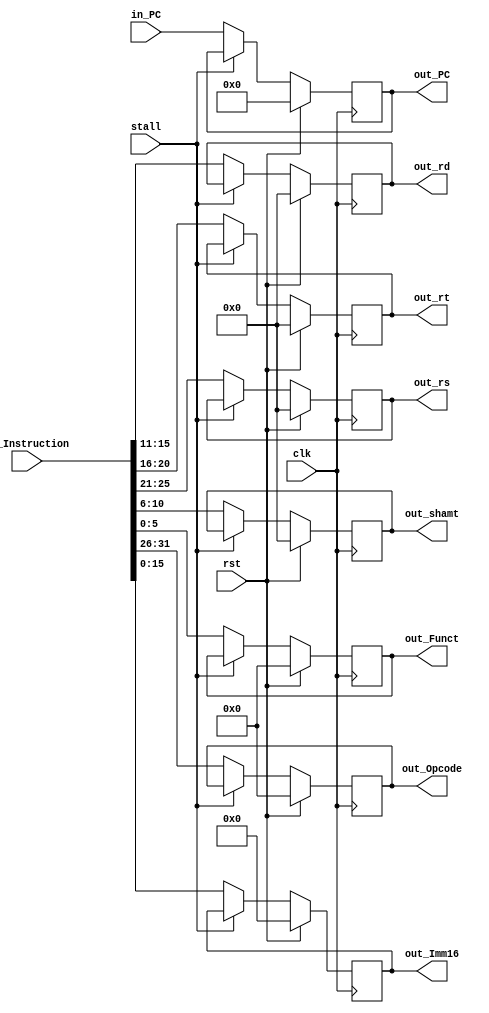
module Reg_IF_ID (
    input clk,
    input rst,
    input stall,
    output reg [5: 0] out_Opcode,
    output reg [5: 0] out_Funct,
    input [31: 0] in_PC,
    input [31: 0] in_Instruction,
    output reg [31: 0] out_PC,
    output reg [4: 0] out_rs,
    output reg [4: 0] out_rt,
    output reg [4: 0] out_rd,
    output reg [15: 0] out_Imm16,
    output reg [4: 0] out_shamt
);

always @ (posedge clk)
begin
    if (rst)
    begin
        out_Opcode <= 6'b0;
        out_Funct <= 6'b0;
        out_PC <= 32'b0;
        out_rs <= 5'b0;
        out_rt <= 5'b0;
        out_rd <= 5'b0;
        out_Imm16 <= 16'b0;
        out_shamt <= 5'b0;
    end
    else
    begin
        if (!stall)
        begin
            out_Opcode <= in_Instruction[31:26];
            out_Funct <= in_Instruction[5:0];
            out_PC <= in_PC;
            out_rs <= in_Instruction[25:21];
            out_rt <= in_Instruction[20:16];
            out_rd <= in_Instruction[15:11];
            out_Imm16 <= in_Instruction[15:0];
            out_shamt <= in_Instruction[10:6];
        end
    end
end
    
endmodule